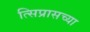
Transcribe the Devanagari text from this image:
त्सिप्रासच्या